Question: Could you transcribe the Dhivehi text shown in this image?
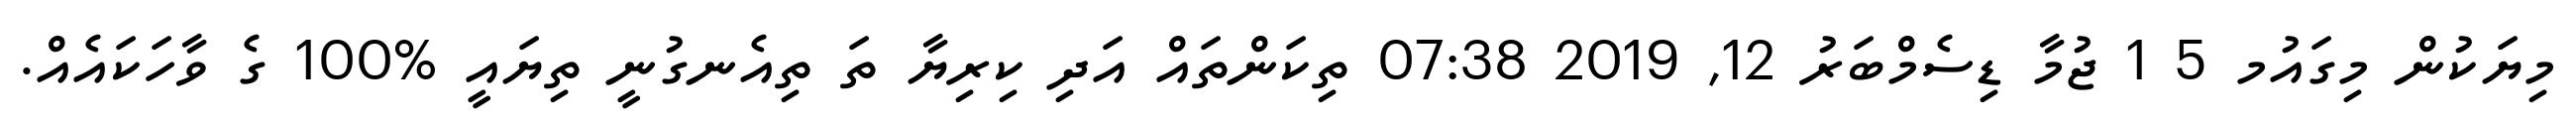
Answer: މިޔަކުން މިގައުމ 5 1 ޖުމާ ޑިސެމްބަރު 12, 2019 07:38 ތިކަންތައް އަދި ކިރިޔާ ތަ ތިއެނގުނީ ތިޔައީ %100 ގެ ވާހަކައެއް.